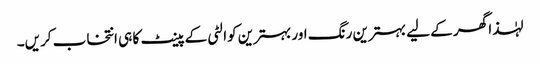
لہٰذا گھر کے لیے بہترین رنگ اور بہترین کوالٹی کے پینٹ کا ہی انتخاب کریں۔